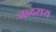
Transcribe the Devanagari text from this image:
नन्दराय